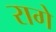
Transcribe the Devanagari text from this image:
रागे